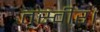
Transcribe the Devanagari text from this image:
तस्वीर।